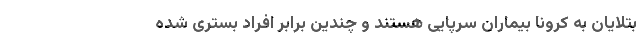
بتلایان به کرونا بیماران سرپایی هستند و چندین برابر افراد بستری شده